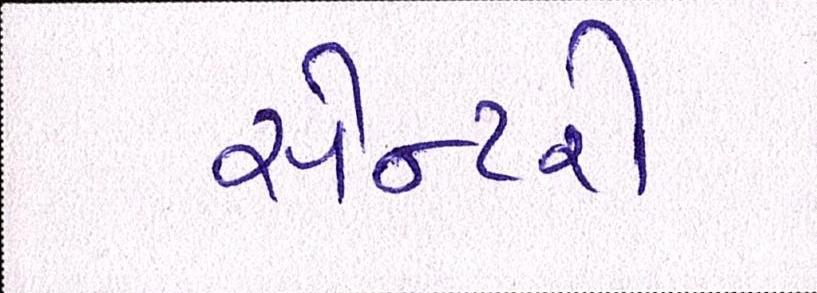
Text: સેન્ટરો